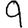
Digit: 9